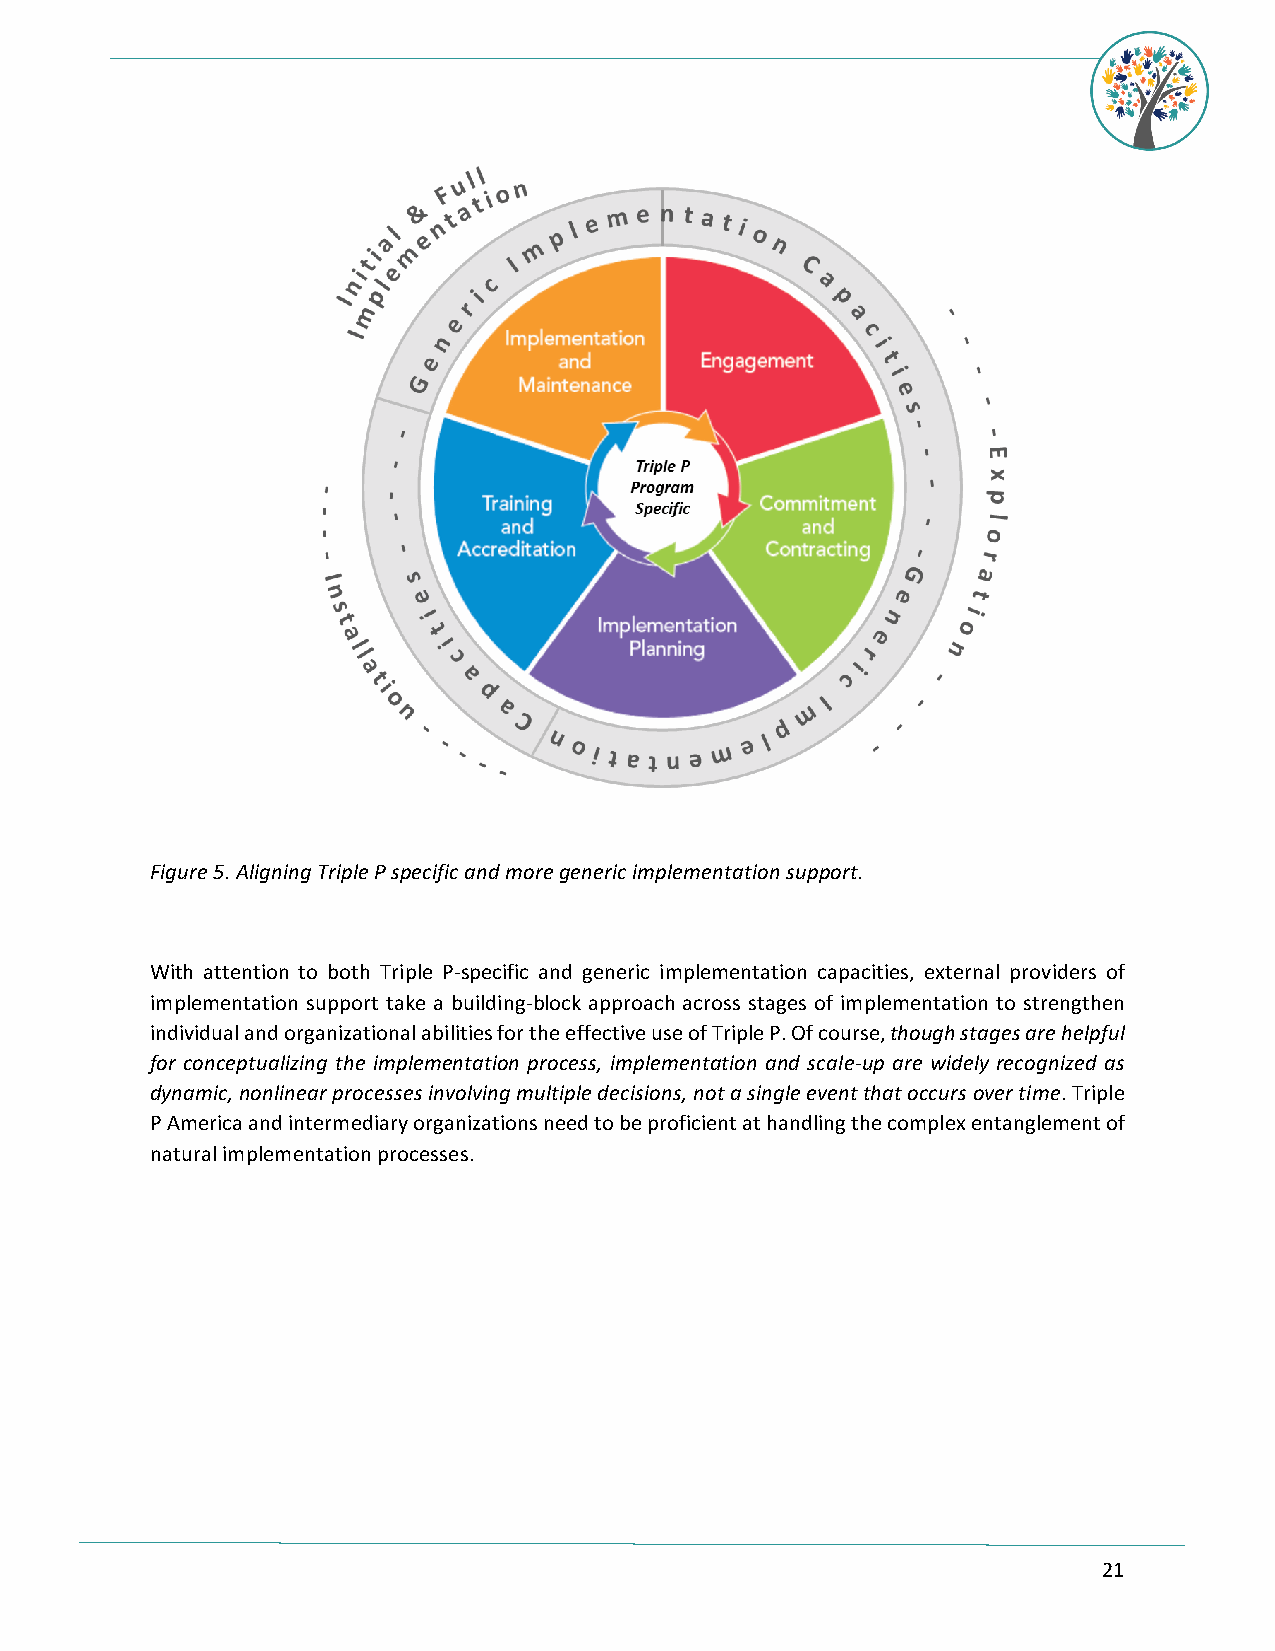
Figure 5. Aligning Triple P specific and more generic implementation support.
 With attention to both Triple P-specific and generic implementation capacities, external providers of
 implementation support take a building-block approach across stages of implementation to strengthen
 individual and organizational abilities for the effective use of Triple P. Of course, though stages are helpful
 for conceptualizing the implementation process, implementation and scale-up are widely recognized as
 dynamic, nonlinear processes involving multiple decisions, not a single event that occurs over time. Triple
 P America and intermediary organizations need to be proficient at handling the complex entanglement of
 natural implementation processes.
 21